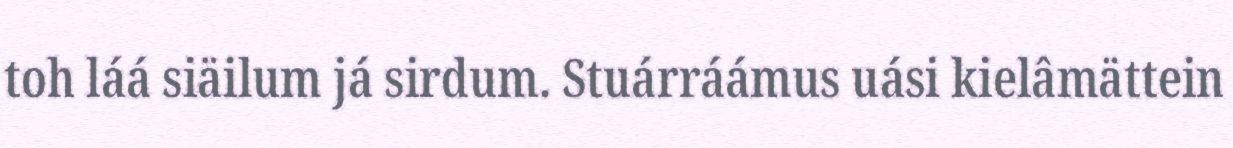
toh láá siäilum já sirdum. Stuárráámus uási kielâmättein